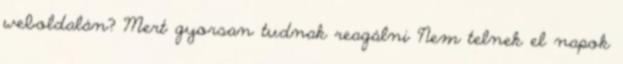
weboldalán? Mert gyorsan tudnak reagálni Nem telnek el napok